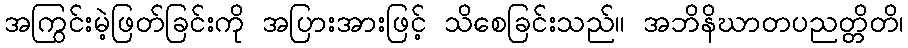
အကြွင်းမဲ့ဖြတ်ခြင်းကို အပြားအားဖြင့် သိစေခြင်းသည်။ အဘိနိဃာတပညတ္တိတိ၊